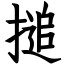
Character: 搥